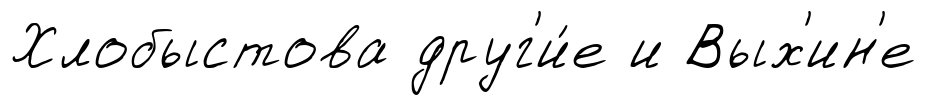
Хлобыстова друг'и́е и Вых'ин'е